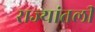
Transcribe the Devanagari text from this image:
राज्यांतली